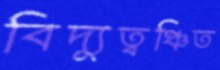
বিদ্যুত্বঞ্চিত